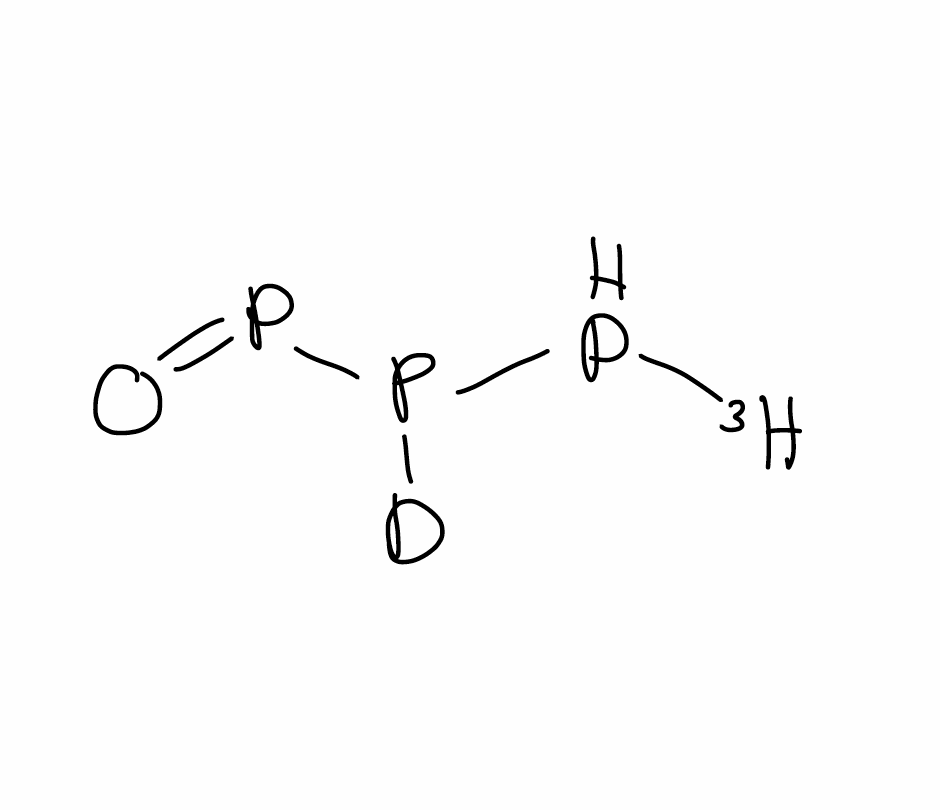
Simplified molecular-input line-entry system (SMILES) notation of the given molecule:
[2H]P(P[3H])P=O